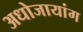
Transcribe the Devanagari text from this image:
अधोजायांग